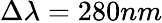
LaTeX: \Delta\lambda=280nm